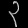
Digit: ၃